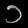
Digit: ၁